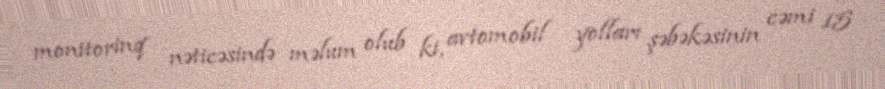
monitorinq nəticəsində məlum olub ki, avtomobil yolları şəbəkəsinin cəmi 15